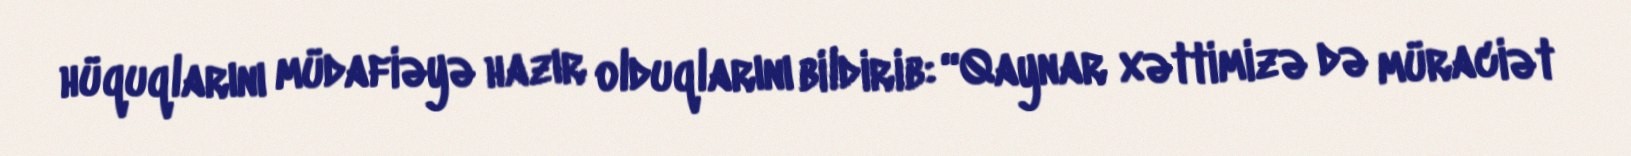
hüquqlarını müdafiəyə hazır olduqlarını bildirib: “Qaynar xəttimizə də müraciət